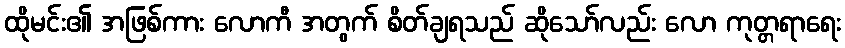
ထိုမင်း၏ အဖြစ်ကား လောကီ အတွက် စိတ်ချရသည် ဆိုသော်လည်း လော ကုတ္တရာရေး